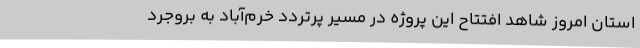
استان امروز شاهد افتتاح این پروژه در مسیر پرتردد خرم‌آباد به بروجرد